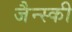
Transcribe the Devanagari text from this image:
जैन्स्की